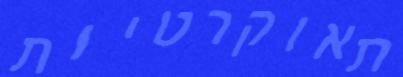
תאוקרטיות